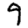
Digit: 9